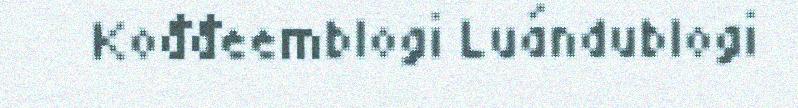
Kođđeemblogi Luándublogi